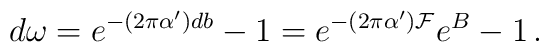
d\omega =e^{-(2\pi\alpha^{\prime})db} -1= e^{-(2\pi\alpha^{\prime}){\cal F}}e^{B} -1\, .